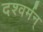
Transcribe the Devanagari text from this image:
दश्वर्मन्‌